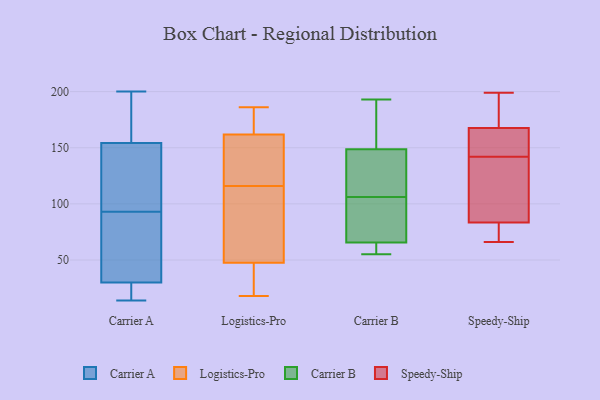
{"axis": {"x": "Market Share (%)", "y": "Value"}, "legend": ["Carrier A", "Carrier B", "Logistics-Pro", "Speedy-Ship"], "data": [{"x": "", "y": 30, "type": "Carrier A"}, {"x": "", "y": 87, "type": "Carrier A"}, {"x": "", "y": 19, "type": "Carrier A"}, {"x": "", "y": 57, "type": "Carrier A"}, {"x": "", "y": 126, "type": "Carrier A"}, {"x": "", "y": 30, "type": "Carrier A"}, {"x": "", "y": 153, "type": "Carrier A"}, {"x": "", "y": 198, "type": "Carrier A"}, {"x": "", "y": 158, "type": "Carrier A"}, {"x": "", "y": 149, "type": "Carrier A"}, {"x": "", "y": 93, "type": "Carrier A"}, {"x": "", "y": 14, "type": "Carrier A"}, {"x": "", "y": 86, "type": "Carrier A"}, {"x": "", "y": 133, "type": "Carrier A"}, {"x": "", "y": 174, "type": "Carrier A"}, {"x": "", "y": 200, "type": "Carrier A"}, {"x": "", "y": 15, "type": "Carrier A"}, {"x": "", "y": 35, "type": "Logistics-Pro"}, {"x": "", "y": 186, "type": "Logistics-Pro"}, {"x": "", "y": 136, "type": "Logistics-Pro"}, {"x": "", "y": 18, "type": "Logistics-Pro"}, {"x": "", "y": 142, "type": "Logistics-Pro"}, {"x": "", "y": 85, "type": "Logistics-Pro"}, {"x": "", "y": 158, "type": "Logistics-Pro"}, {"x": "", "y": 182, "type": "Logistics-Pro"}, {"x": "", "y": 88, "type": "Logistics-Pro"}, {"x": "", "y": 163, "type": "Logistics-Pro"}, {"x": "", "y": 166, "type": "Logistics-Pro"}, {"x": "", "y": 20, "type": "Logistics-Pro"}, {"x": "", "y": 29, "type": "Logistics-Pro"}, {"x": "", "y": 116, "type": "Logistics-Pro"}, {"x": "", "y": 113, "type": "Logistics-Pro"}, {"x": "", "y": 57, "type": "Carrier B"}, {"x": "", "y": 63, "type": "Carrier B"}, {"x": "", "y": 102, "type": "Carrier B"}, {"x": "", "y": 118, "type": "Carrier B"}, {"x": "", "y": 55, "type": "Carrier B"}, {"x": "", "y": 142, "type": "Carrier B"}, {"x": "", "y": 185, "type": "Carrier B"}, {"x": "", "y": 106, "type": "Carrier B"}, {"x": "", "y": 193, "type": "Carrier B"}, {"x": "", "y": 57, "type": "Carrier B"}, {"x": "", "y": 184, "type": "Carrier B"}, {"x": "", "y": 116, "type": "Carrier B"}, {"x": "", "y": 93, "type": "Carrier B"}, {"x": "", "y": 151, "type": "Carrier B"}, {"x": "", "y": 73, "type": "Carrier B"}, {"x": "", "y": 187, "type": "Speedy-Ship"}, {"x": "", "y": 142, "type": "Speedy-Ship"}, {"x": "", "y": 105, "type": "Speedy-Ship"}, {"x": "", "y": 70, "type": "Speedy-Ship"}, {"x": "", "y": 149, "type": "Speedy-Ship"}, {"x": "", "y": 141, "type": "Speedy-Ship"}, {"x": "", "y": 199, "type": "Speedy-Ship"}, {"x": "", "y": 175, "type": "Speedy-Ship"}, {"x": "", "y": 84, "type": "Speedy-Ship"}, {"x": "", "y": 150, "type": "Speedy-Ship"}, {"x": "", "y": 178, "type": "Speedy-Ship"}, {"x": "", "y": 76, "type": "Speedy-Ship"}, {"x": "", "y": 165, "type": "Speedy-Ship"}, {"x": "", "y": 163, "type": "Speedy-Ship"}, {"x": "", "y": 93, "type": "Speedy-Ship"}, {"x": "", "y": 82, "type": "Speedy-Ship"}, {"x": "", "y": 66, "type": "Speedy-Ship"}]}